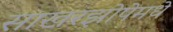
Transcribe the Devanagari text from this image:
साखरझोपेमधे